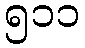
၅၁၁